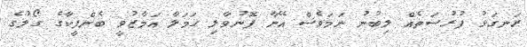
ރަނގަޅު ފުރުސަތެއް ލިބުނު ނަމަވެސް އޭނާ ފޮނުވާލި ހަމަލާ އަމާޒުވީ ބެންފީކާގެ ގޯލުގެ